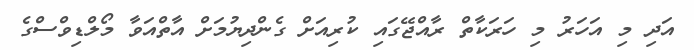
އަދި މި އަހަރު މި ހަރަކާތް ރާއްޖޭގައި ކުރިއަށް ގެންދިޔުުމަށް އާތްއަވާ މޯލްޑިވްްސްގެ